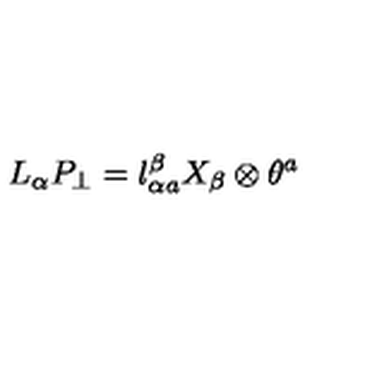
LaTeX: L _ { \alpha } P _ { \perp } = l _ { \alpha a } ^ { \beta } X _ { \beta } \otimes \theta ^ { a }